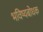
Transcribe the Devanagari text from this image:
भविष्यबोधक